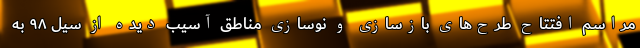
مراسم افتتاح طرح‌های بازسازی و نوسازی مناطق آسیب دیده از سیل ۹۸ به